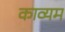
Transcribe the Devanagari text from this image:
काव्यम